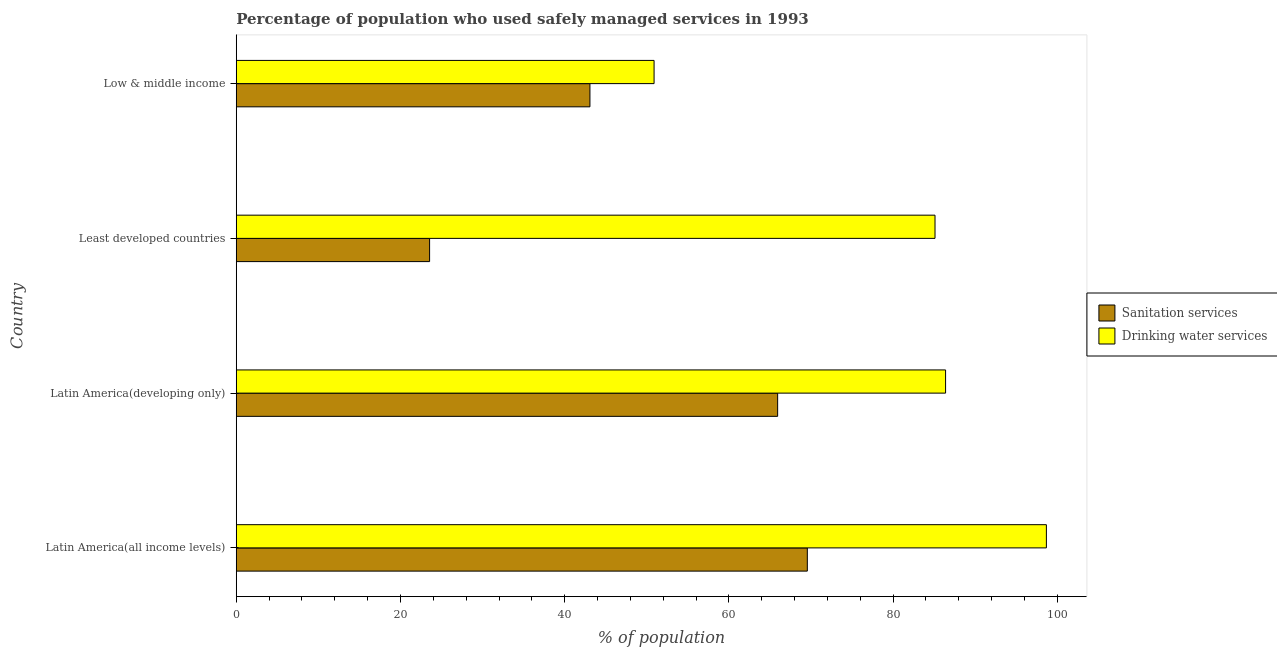
| Country | Sanitation services | Drinking water services |
 | --- | --- | --- |
 | Latin America(all income levels) | 69.6 | 98.7 |
 | Latin America(developing only) | 65.9 | 86.4 |
 | Least developed countries | 23.5 | 85.1 |
 | Low & middle income | 43.1 | 50.9 |